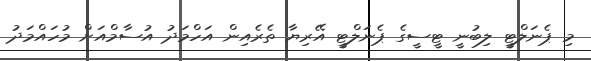
މި ޕެނަލްޓީ ލިބުނީ ޓީސީގެ ޕެނަލްޓީ އޭރިޔާ ތެރެއިން އަހްމަދު އުސާމްއަށް މުހައްމަދު